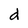
Character: d